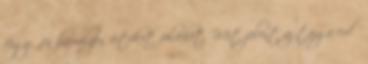
függően bármilyen értéket fölvehet. Mit jelent az tajga erdő